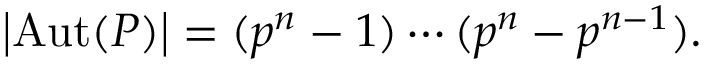
\left| \operatorname { A u t } ( P ) \right| = ( p ^ { n } - 1 ) \cdots ( p ^ { n } - p ^ { n - 1 } ) .